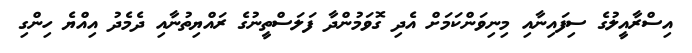
އިސްރާއީލުގެ ސިފައިނާއި މިނިވަންކަމަށް އެދި ގޮވަމުންދާ ފަލަސްތީނުގެ ރައްޔިތުނާއި ދެމެދު އިއްޔެ ހިންގި